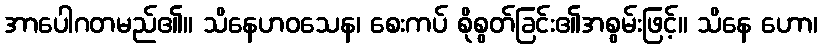
အာပေါဂတမည်၏။ သိနေဟဝသေန၊ စေးကပ် စိုစွတ်ခြင်း၏အစွမ်းဖြင့်။ သိနေ ဟော၊